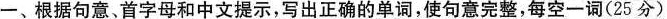
一、根据句意、首字母和中文提示，写出正确的单词，使句意完整，每空一词(25 分)